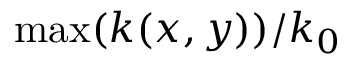
\operatorname* { m a x } ( k ( x , y ) ) / k _ { 0 }